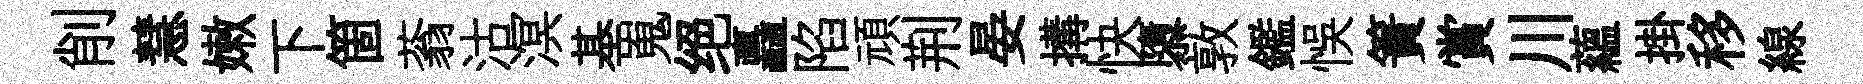
削慧嫩下箇蓊沽溟基嵬绝矗陷頑荆晏搆快隳敦鑑悞簀賞川蘊掛移線